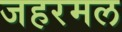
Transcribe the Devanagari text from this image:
जहरमल